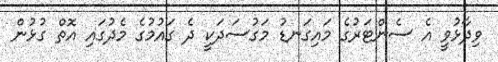
ވިދާޅުވީ އެ ސެންޓަރުގެ މައިގަނޑު މަގުސަދަކީ ދެ ގައުމުގެ މެދުގައި އޮތް ގުޅުން